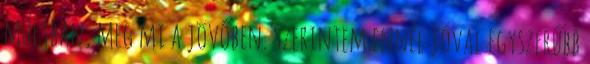
múltban, meg mi a jövőben. Szerintem ennél jóval egyszerűbb